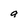
Character: a